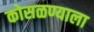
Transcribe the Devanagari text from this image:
कोसळण्याला